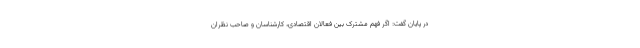
در پایان گفت: اگر فهم مشترک بین فعالان اقتصادی، کارشناسان و صاحب نظران